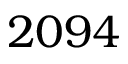
2 0 9 4